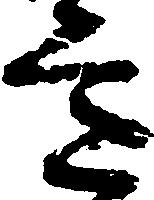
意